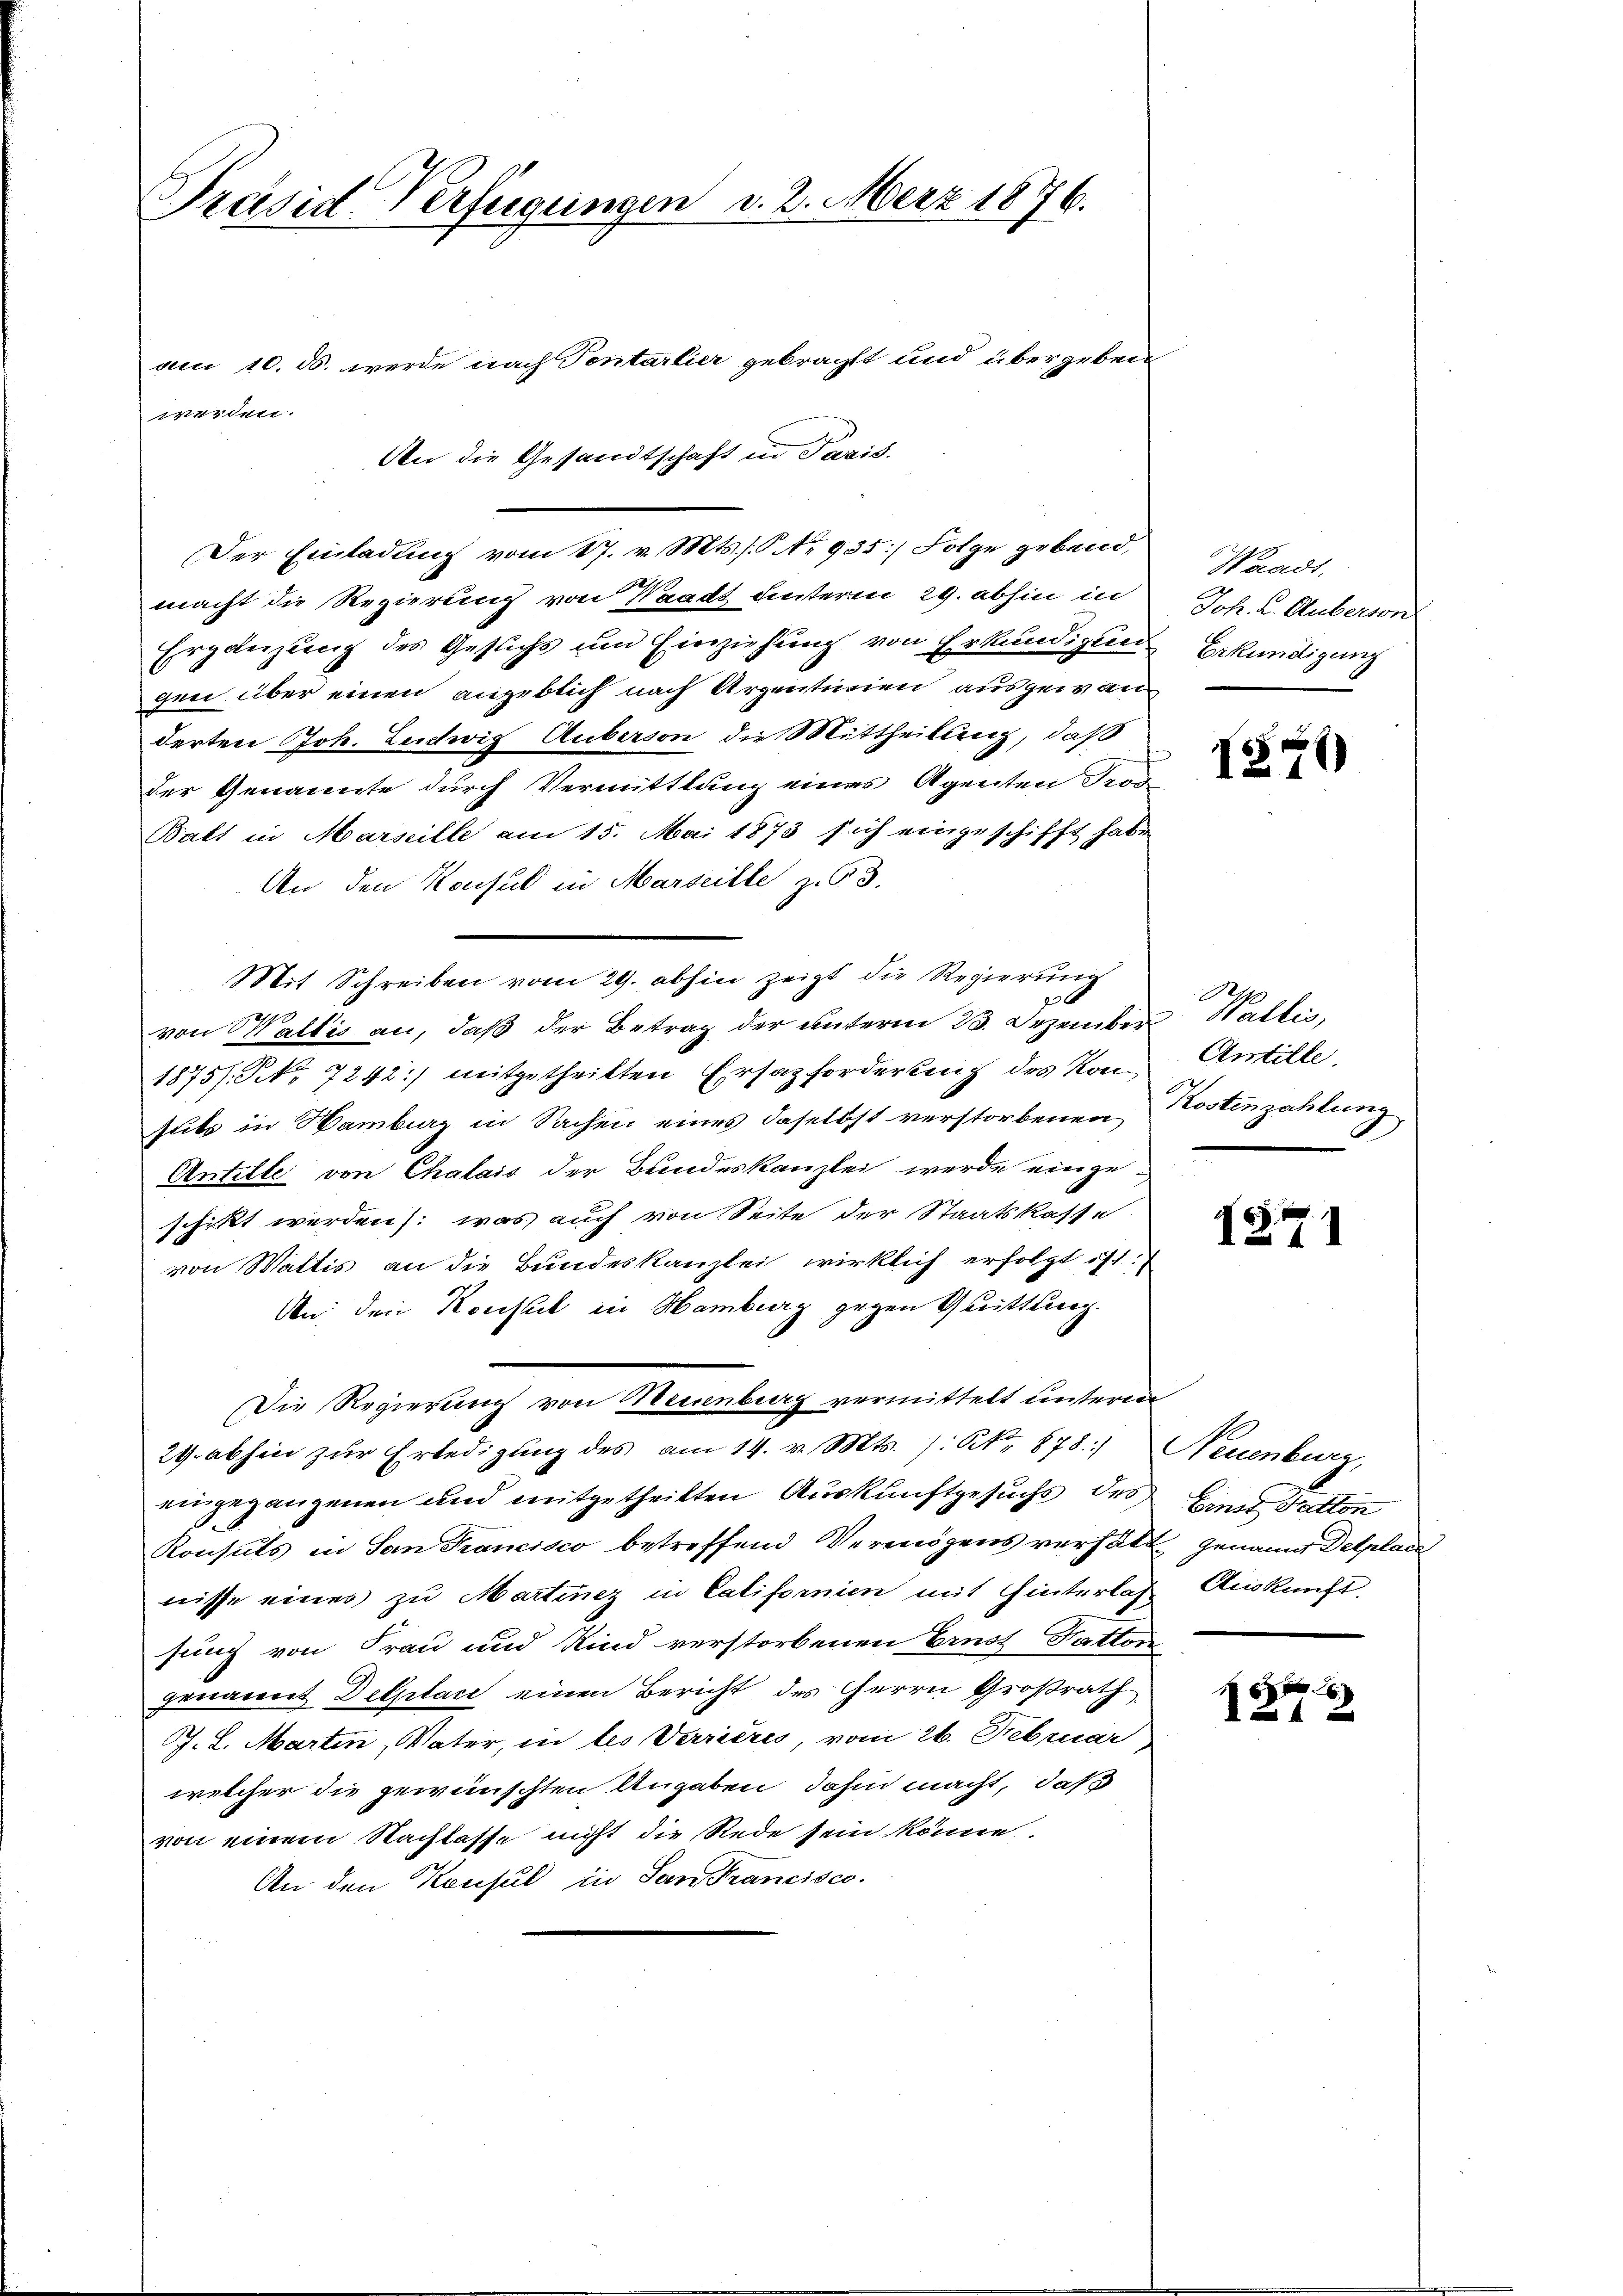
Präsid. Verfügungen d. 2. März 1876.

vici 10. ds. werde nach Sontartier gebracht und übergeben
An die Gesandtschaft in Paris.
Der Einladung vom 17. v. Mts. S. 935] Folge gebend,
macht die Regierung von Waadt dinteren 29. abhin in
Ergänzung des Gesuchs um Einziehung von Erkundigun
gen über einen angeblich nach Argenturien ausgewanderten Joh. Ludwig Auberson die Mittheilung, daß
der Genannte durch Vermittlung eines Agenten Fro
Batt in Marseille am 15. Mai 1873 sich eingeschifft habe
An den Konsul in Marseille zu 3.
Mit Schreiben vom 29. abhin zeigt die Regierung
G
1
von Wallis an, daß der Betrag der unterm 23. Dezember
1875. No 7242) mitgetheilten Ersatzfordertung des Konsuts in Wambiz in Sachen eines daselbst verstorbenen
Antille von Chalais der Bundeskanzlei werde eingeschickt werden: was auch von Seite der Staatskasse
von Wattis an die Bundeskanzlei wirklich erfolgt ist.
An den Konsul in Hamburg gegen Quittung.
Die Regierung von Neuenburg vermittelt unteren
29. abhin zur Erledigung des am 14. v. Mts. S. 878.)
eingegangenen und mitgetheilten Auskunftgesuchs des
Konsuls in San Francisco betreffend Vermögens verfälnisse eines zu Martinez in Californien mit Hinterlas
sung von Frau und Kind verstorbenen Ernst Fattor
genannt Delplace einen Bericht des Herrn Großrath
J. L. Martin, Vater, in les Verrieres, vom 26. Februar
welcher die gewünschten Angaben, dahin macht, daß
von einem Nachlasse nicht die Rede sein könne.
An den Konsul in San Francisco

werden.

Waadt,
Joh. L. Auberson
Erkundigung

3

27)

R.
 Wallis,
Antille
Kostenzahlung

1271

Neuenburg,
Einst Potton
E. Genannt Delplace
Auskunft.

i